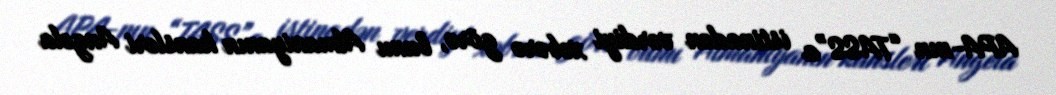
APA-nın “TASS”a istinadən verdiyi xəbərə görə, bunu Almaniyanın kansleri Angela